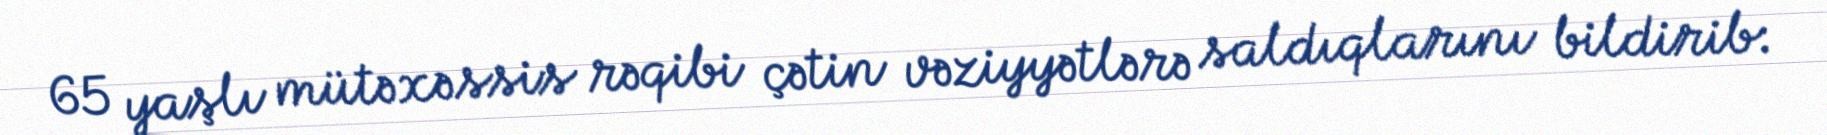
65 yaşlı mütəxəssis rəqibi çətin vəziyyətlərə saldıqlarını bildirib: